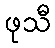
ဖုသီ